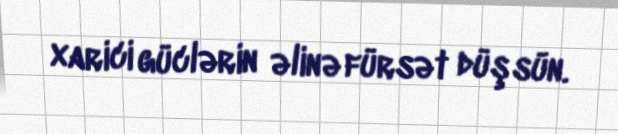
xarici güclərin əlinə fürsət düşsün.